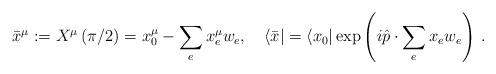
LaTeX: \begin{align*}\bar{x}^{\mu }:=X^{\mu }\left( \pi /2\right) =x_{0}^{\mu}-\sum_{e}x_{e}^{\mu }w_{e},\quad \langle \bar{x}|=\langle x_{0}|\exp\left( i\hat{p}\cdot \sum_{e}x_{e}w_{e}\right)\,. \end{align*}